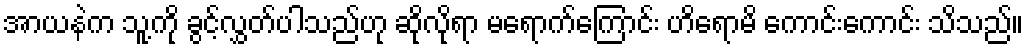
အာယနဲက သူ့ကို ခွင့်လွှတ်ပါသည်ဟု ဆိုလိုရာ မရောက်ကြောင်း ဟိရောမိ ကောင်းကောင်း သိသည်။